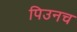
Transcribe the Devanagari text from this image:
पिउनच